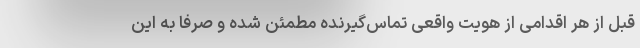
قبل از هر اقدامی از هویت واقعی تماس‌گیرنده مطمئن شده و صرفاً به این